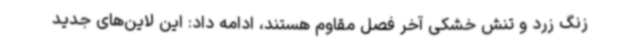
زنگ زرد و تنش خشکی آخر فصل مقاوم هستند، ادامه داد: این لاین‌های جدید